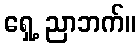
ရှေ့ ညာဘက်။